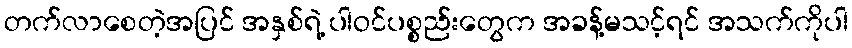
တက်လာစေတဲ့အပြင် အနှစ်ရဲ့ ပါဝင်ပစ္စည်းတွေက အခန့်မသင့်ရင် အသက်ကိုပါ